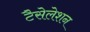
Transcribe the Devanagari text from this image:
टैसेलेशन